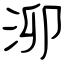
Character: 泖